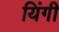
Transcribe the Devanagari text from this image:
यिंगी